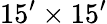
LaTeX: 15^{\prime}\times 15^{\prime}